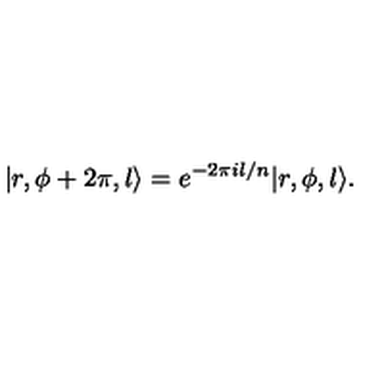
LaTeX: | r , \phi + 2 \pi , l \rangle = e ^ { - 2 \pi i l / n } | r , \phi , l \rangle .